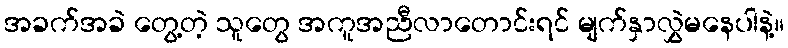
အခက်အခဲ တွေ့တဲ့ သူတွေ အကူအညီလာတောင်းရင် မျက်နှာလွှဲမနေပါနဲ့။